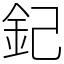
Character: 𨥈